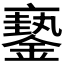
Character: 𨬇